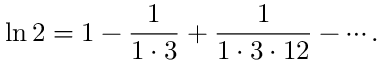
\ln 2 = 1 - { \frac { 1 } { 1 \cdot 3 } } + { \frac { 1 } { 1 \cdot 3 \cdot 1 2 } } - \cdots .